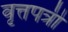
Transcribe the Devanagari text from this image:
वृत्तपत्री